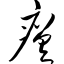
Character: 瘥